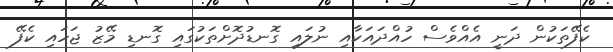
ކެފޭތަކުން ދަނީ އެއްވެސް ހުއްދައަކާއި ނުލައި ގޮނޑުދޮށްތަކުގައި ގޮނޑި މޭޒު ޖަހައި ކެފޭ